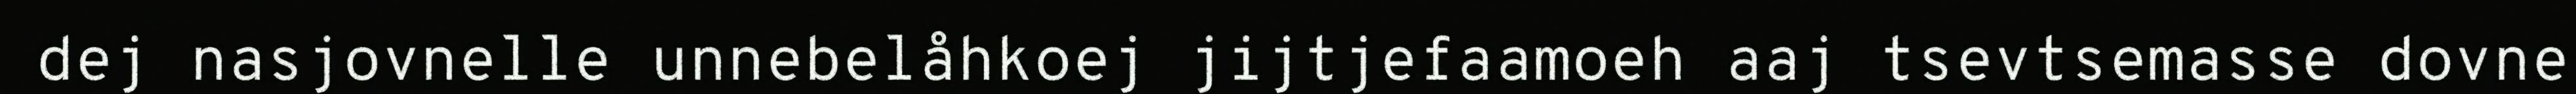
dej nasjovnelle unnebelåhkoej jijtjefaamoeh aaj tsevtsemasse dovne